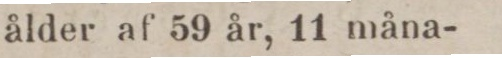
ålder af 59 år, 11 måna-